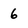
Character: 6